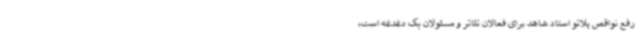
رفع نواقص پلاتو استاد شاهد برای فعالان تئاتر و مسئولان یک دغدغه است،